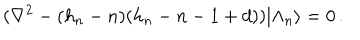
( \nabla ^ { 2 } - ( h _ { n } - n ) ( h _ { n } - n - 1 + d ) ) | \Lambda _ { n } \rangle = 0 \, .